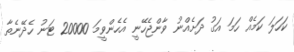
ކަހަލަ ކަމެއް ހަމަ އަގު ދަށެއްނު ވާންޖެހޭނީ އެހެންވީމަ 20000 ޓަނު ހެދޭނެތާ